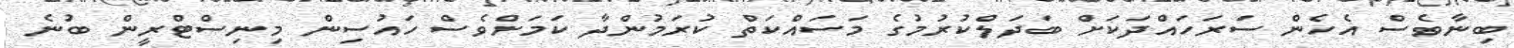
ބިނާވެސް އެހެން ސަރަހައްދަކަށް ބަދަލްކުރުމުގެ މަސައްކަތް ކުރަމުންދާ ކަމަށްވެސް ހައުސިން މިނިސްޓްރީން ބުނެ